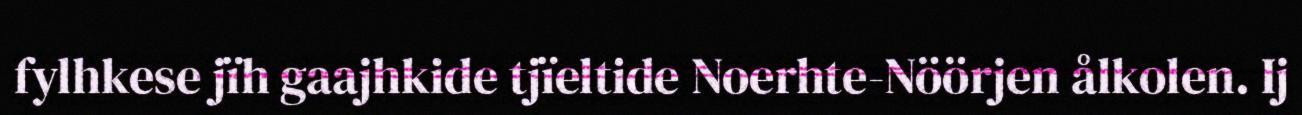
fylhkese jïh gaajhkide tjïeltide Noerhte-Nöörjen ålkolen. Ij